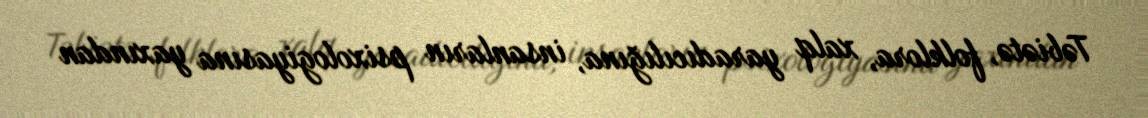
Təbiətə, folklora, xalq yaradıcılığına, insanların psixologiyasına yaxından